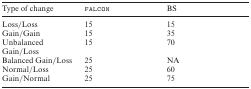
| Type of change | falcon | BS |
 | --- | --- | --- |
 | Loss/Loss | 15 | 15 |
 | Gain/Gain | 15 | 35 |
 | Unbalanced Gain/Loss | 15 | 70 |
 | Balanced Gain/Loss | 25 | NA |
 | Normal/Loss | 25 | 60 |
 | Gain/Normal | 25 | 75 |